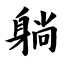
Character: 躺